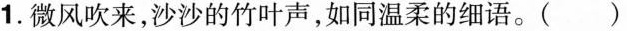
1.微风吹来，沙沙的竹叶声，如同温柔的细语。( )